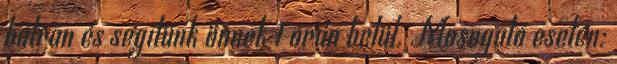
bátran és segítünk önnek 1 órán belül. Mosogató esetén: